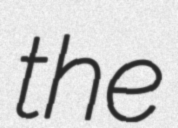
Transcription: the